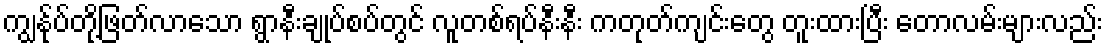
ကျွန်ုပ်တို့ဖြတ်လာသော ရွာနီးချုပ်စပ်တွင် လူတစ်ရပ်နီးနီး ကတုတ်ကျင်းတွေ တူးထားပြီး တောလမ်းများလည်း